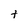
Character: t